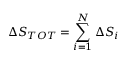
{ \Delta } S _ { T O T } = \sum _ { i = 1 } ^ { N } { \Delta } S _ { i }